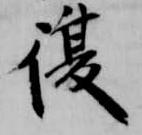
復